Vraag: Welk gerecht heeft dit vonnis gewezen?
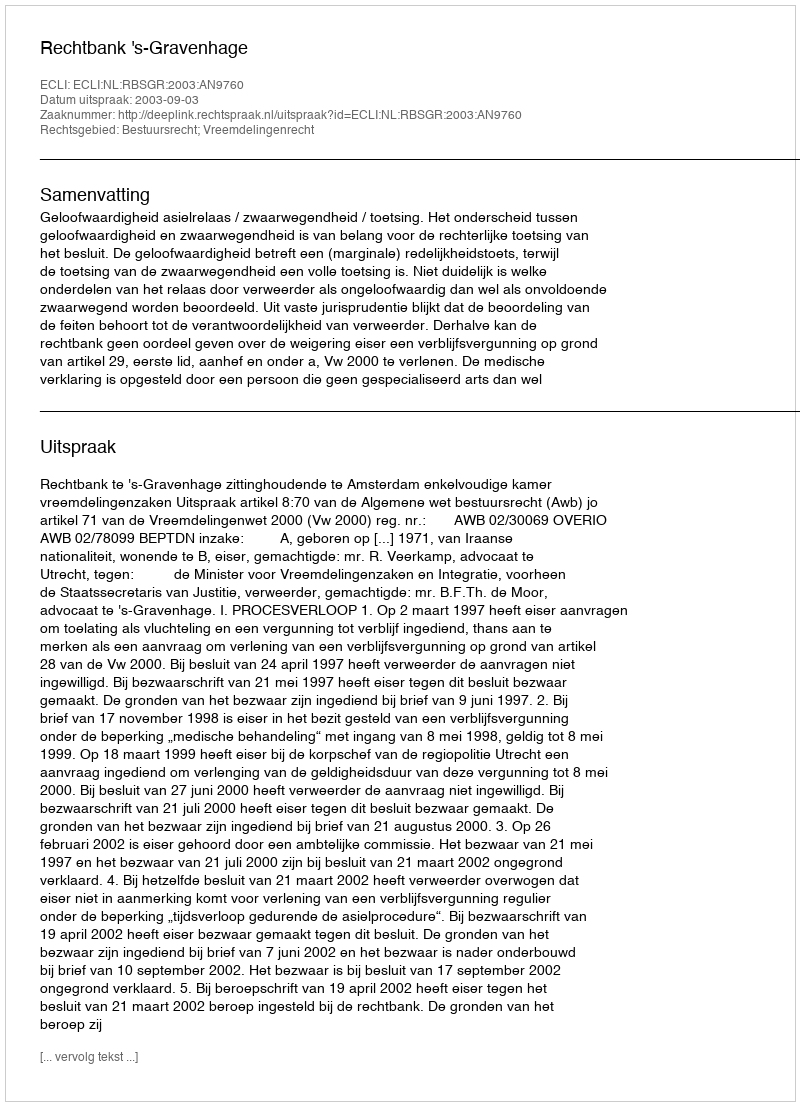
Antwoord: Rechtbank 's-Gravenhage